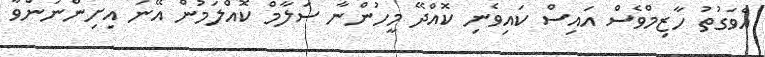
އެވަގުތު ހާޒިމްވެސް އައިސް ކައިވެނި ކޮއްދޭ މީހުންނާ ސަލާމް ކޮއްލަމުން އޭނަ އިށިންނަންވާ